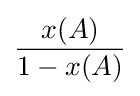
{\frac {x(A)}{1-x(A)}}